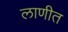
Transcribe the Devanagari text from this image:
लाणीत